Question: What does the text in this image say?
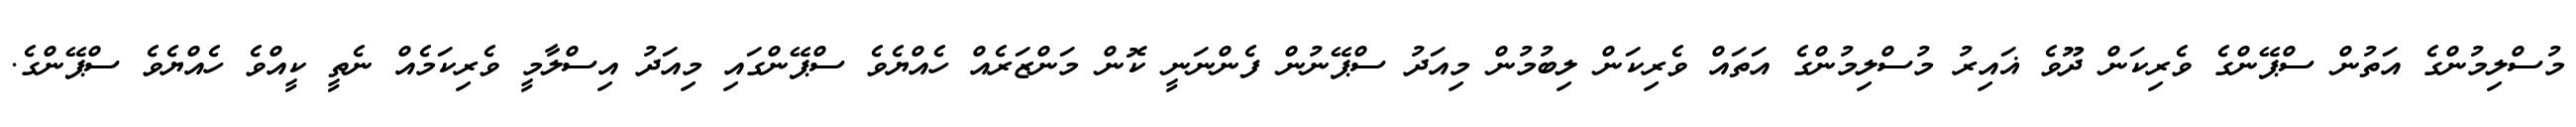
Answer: މުސްލިމުންގެ އަތުން ސްޕޭންގެ ވެރިކަން ދޫވެ ޣައިރު މުސްލިމުންގެ އަތައް ވެރިކަން ލިބުމުން މިއަދު ސްޕޭނުން ފެންނަނީ ކޮން މަންޒަރެއް ހެއްޔެވެ ސްޕޭންގައި މިއަދު އިސްލާމީ ވެރިކަމެއް ނެތީ ކީއްވެ ހެއްޔެވެ ސްޕޭންގެ.